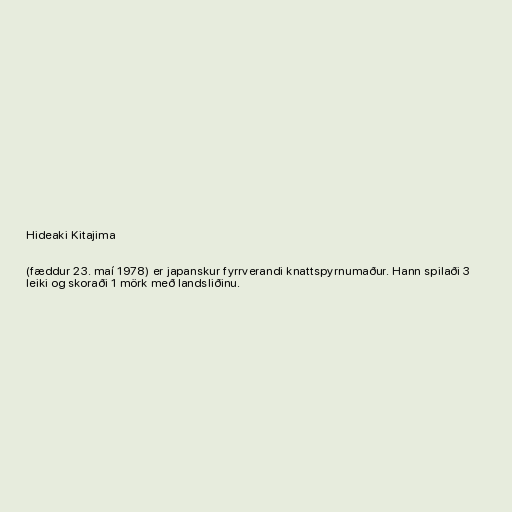
Hideaki Kitajima

(fæddur 23. maí 1978) er japanskur fyrrverandi knattspyrnumaður. Hann spilaði 3
leiki og skoraði 1 mörk með landsliðinu.